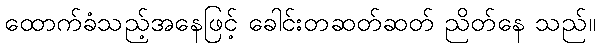
ထောက်ခံသည့်အနေဖြင့် ခေါင်းတဆတ်ဆတ် ညိတ်နေ သည်။